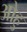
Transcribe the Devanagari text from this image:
ओहु